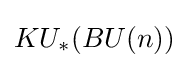
KU_{*}(BU(n))